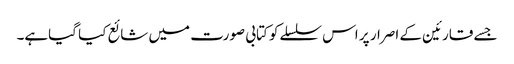
جسے قارئین کے اصرار پر اس سلسلےکو کتابی صورت میں شائع کیا گیاہے۔